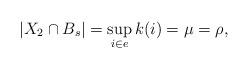
LaTeX: \begin{align*}|X_2\cap B_s|=\sup_{i\in e}k(i)=\mu= \rho,\end{align*}